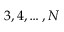
3 , 4 , \ldots , N